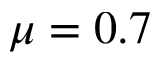
\mu = 0 . 7